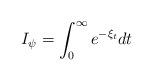
LaTeX: \begin{align*}I_{\psi} = \int_0^{\infty} e^{-\xi_t}dt\end{align*}